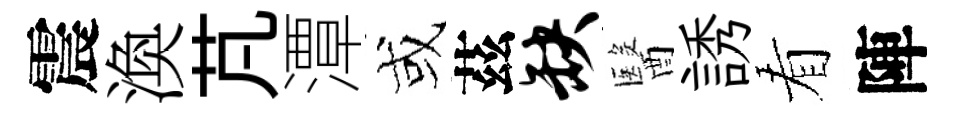
震渙芃潭或茲缺醫誘看陣